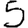
Digit: 5